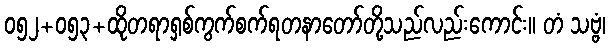
၀၅၂+၀၅၃+ထိုတရာရှစ်ကွက်စက်ရတနာတော်တို့သည်လည်းကောင်း။ တံ သဗ္ဗံ၊